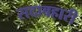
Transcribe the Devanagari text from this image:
सदाबहारी